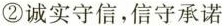
②诚实守信，信守承诺